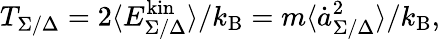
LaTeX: T_{\Sigma/\Delta}=2\langle E_{\Sigma/\Delta}^{\mathrm{kin}}\rangle/k_{\mathrm{B}}=m\langle\dot{a}_{\Sigma/\Delta}^{2}\rangle/k_{\mathrm{B}},